Annual statistical returns and brief notes on vaccination in Bengal - 1887-1898
Year: 1887
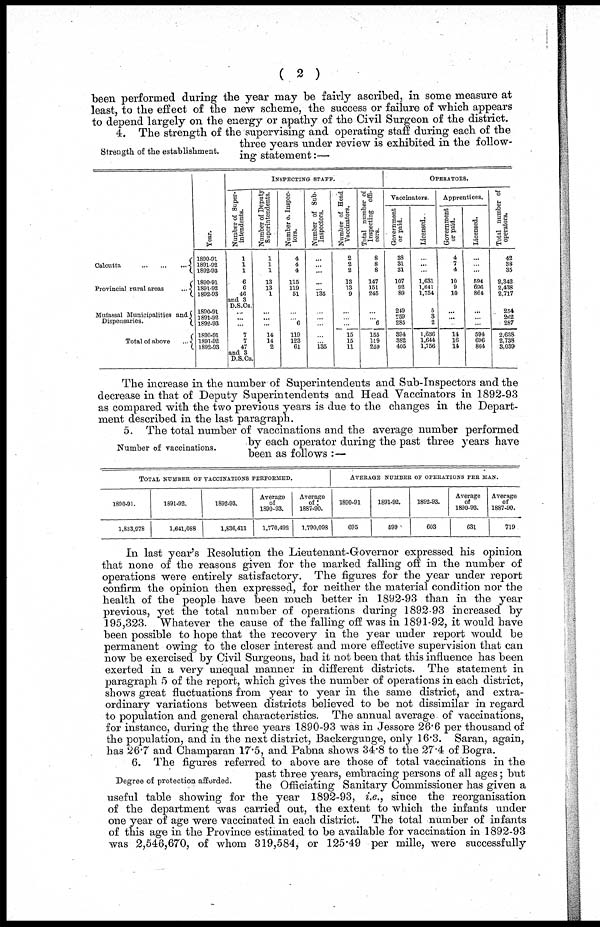
( 2 )
been performed during the year may be fairly ascribed, in some measure at
least, to the effect of the new scheme, the success or failure of which appears
to depend largely on the energy or apathy of the Civil Surgeon of the district.
Strength of the establishment.
4. The strength of the supervising and operating staff during each of the
three years under review is exhibited in the follow-
ing statement:—
Calcutta
...
...
...
Provincial rural areas
...
Mufassal Municipalities and
Dispensaries.
Total of above
...
Tear.
1890-91
1891-92
1892-93
1890-91
1891-92
1892-93
1890-91 1891-92 1892-93 1891-92
1891-92
1892-93
INSPECTING STAFF.
Number of Super¬
intendents.
1
1
1
6
6
46
and 3
D.S.Cs.
...
...
...
7
7
47
and 3
D.S.Cs.
Number of Deputy
Superintendents.
1
1
1
13
13
1
...
... ...
14
14
2
Number of Inspec-
tors.
4
4
4
115
119
51
...
... 6
119
123
61
Number of Sub-
Inspectors.
...
...
...
...
...
135
...
... ...
...
...
135
Number of Head
Vaccinators.
2
2
2
13
13
9
...
...
...
15
15
11
Total number of
Inspecting
offi-
cers.
8
8
8
147
151
245
...
... 6
155
109
259
OPERATORS.
Vaccinators.
Government
or paid.
38
31
31
107
92
89
249
259
285
394
382
405
Licensed.
...
...
...
1,631
1,641
1,754
5
3
2
1,636
1,644
1,756
Apprentices.
Government
or paid.
4
7
4
10
9
10
...
...
...
14
16
14
Licensed.
...
...
...
594
696
864
...
...
...
594
696
864
Total number of
operators.
42
38
35
2,342
2,438
2,717
254
262
287
2,638
2,738
3,039
The increase in the number of Superintendents and Sub-Inspectors and the
decrease in that of Deputy Superintendents and Head Vaccinators in 1892-93
as compared with the two previous years is due to the changes in the Depart-
ment described in the last paragraph.
Number of vaccinations.
5. The total number of vaccinations and the average number performed
by each operator during the past three years have
been as follows :—
TOTAL NUMBER OF VACCINATIONS PERFORMED.
1890-91.
1,833,978
1891-92.
1,641,088
1892-93.
1,836,411
Average
of
1890-93.
1,770,492
Average
of
1887-90.
1,790,098
AVERAGE NUMBER OF OPERATIONS PER MAN.
1890-91
695
1891-92.
599
1892-93.
603
Average
of
1890-93.
631
Average
of
1887-90.
719
In last year's Resolution the Lieutenant-Governor expressed his opinion
that none of the reasons given for the marked falling off in the number of
operations were entirely satisfactory. The figures for the year under report
confirm the opinion then expressed, for neither the material condition nor the
health of the people have been much better in 1892-93 than in the year
previous, yet the total number of operations during 1892-93 increased by
195,323. Whatever the cause of the falling off was in 1891-92, it would have
been possible to hope that the recovery in the year under report would be
permanent owing to the closer interest and more effective supervision that can
now be exercised by Civil Surgeons, bad it not been that this influence has been
exerted in a very unequal manner in different districts. The statement in
paragraph 5 of the report, which gives the number of operations in each district,
shows great fluctuations from year to year in the same district, and extra-
ordinary variations between districts believed to be not dissimilar in regard
to population and general characteristics. The annual average of vaccinations,
for instance, during the three years 1890-93 was in Jessore 26.6 per thousand of
the population, and in the next district, Backergunge, only 16.3. Saran, again,
has 26.7 and Champaran 17.5, and Pabna shows 34.8 to the 27.4 of Bogra.
Degree of protection afforded.
6. The figures referred to above are those of total vaccinations in the
past three years, embracing persons of all ages; but
the Officiating Sanitary Commissioner has given a
useful table showing for the year 1892-93, i.e., since the reorganisation
of the department was carried out, the extent to which the infants under
one year of age were vaccinated in each district. The total number of infants
of this age in the Province estimated to be available for vaccination in 1892-93
was 2,546,670, of whom 319,584, or 125.49 per mille, were successfully